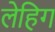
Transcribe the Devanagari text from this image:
लेहिग